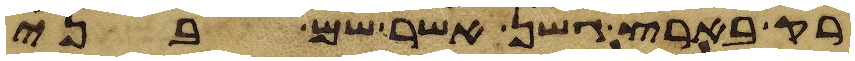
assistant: רק בארץ גשן אשר שם בני